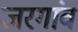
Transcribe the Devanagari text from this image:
जरगांव